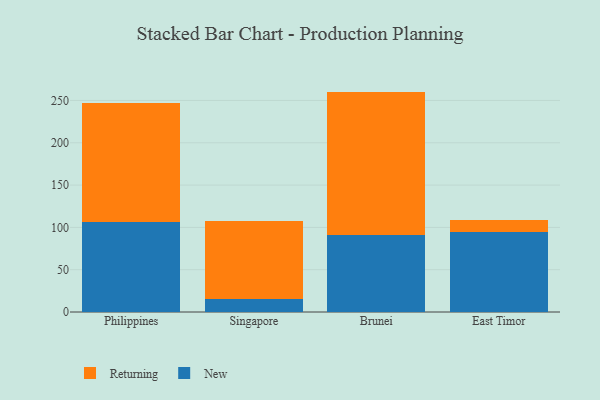
{"axis": {"x": "Country", "y": "Shipments"}, "legend": ["New", "Returning"], "data": [{"x": "Philippines", "y": 106.9, "type": "New"}, {"x": "Philippines", "y": 140.5, "type": "Returning"}, {"x": "Singapore", "y": 15.7, "type": "New"}, {"x": "Singapore", "y": 91.9, "type": "Returning"}, {"x": "Brunei", "y": 91.2, "type": "New"}, {"x": "Brunei", "y": 169.3, "type": "Returning"}, {"x": "East Timor", "y": 94.5, "type": "New"}, {"x": "East Timor", "y": 14.7, "type": "Returning"}]}